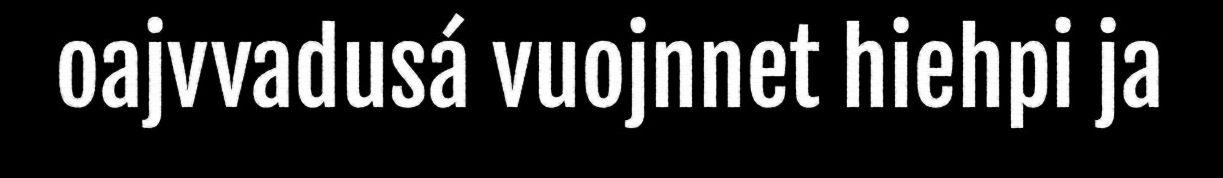
oajvvadusá vuojnnet hiehpi ja